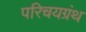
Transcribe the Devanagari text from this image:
परिचयग्रंथ